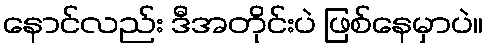
နောင်လည်း ဒီအတိုင်းပဲ ဖြစ်နေမှာပဲ။